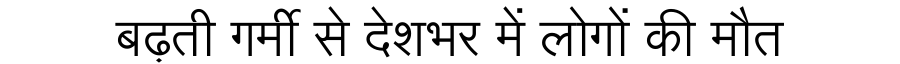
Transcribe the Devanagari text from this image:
बढ़ती गर्मी से देशभर में लोगों की मौत